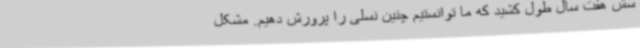
شش هفت سال طول کشید که ما توانستیم چنین نسلی را پرورش دهیم. مشکل